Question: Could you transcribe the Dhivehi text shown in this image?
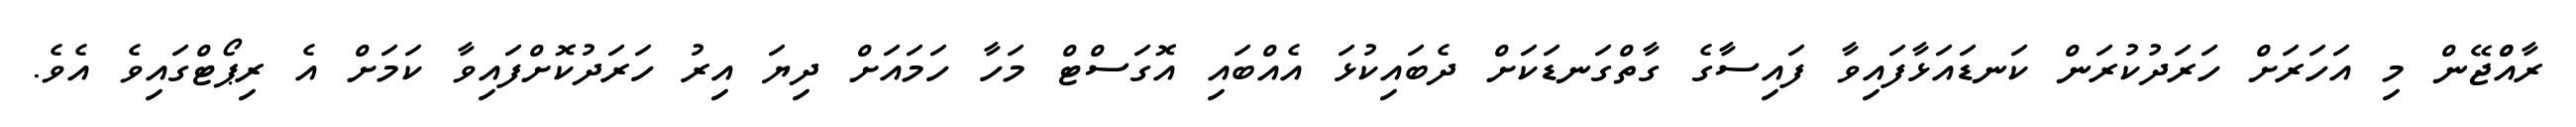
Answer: ރާއްްޖޭން މި އަހަރަށް ހަރަދުކުރަން ކަނޑައަޅާފައިވާ ފައިސާގެ ގާތްގަނޑަކަށް ދެބައިކުޅަ އެއްބައި އޮގަސްޓް މަހާ ހަމައަށް ދިޔަ އިރު ހަރަދުކޮށްފައިވާ ކަމަށް އެ ރިޕޯޓްގައިވެ އެވެ.